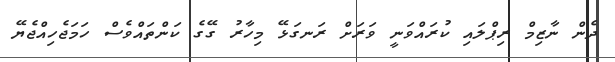
ދެން ނާޒިމް ރިޕްލައި ކުރައްވަނީ ވަރަށް ރަނގަޅޭ މިހާރު ގޭގެ ކަންތައްވެސް ހަމަޖެހިއްޖެޔޭ